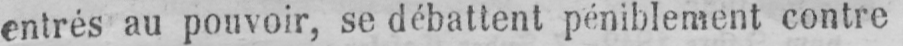
entrés au pouvoir, se débattent péniblement contre